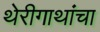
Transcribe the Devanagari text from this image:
थेरीगाथांचा